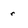
Character: r